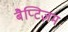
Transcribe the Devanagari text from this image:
बैप्टिज़म